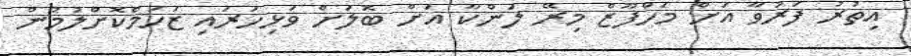
އިތުރު ފަރުވާ އަށް މަހްފޫޒް މިރޭ ލަންކާ އަށް ބޮލަށް ވަޅިހަރައި ޒަހަމްކޮށްލުމުން